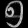
Digit: ၅